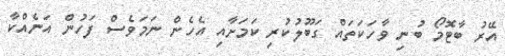
އޭރު ބާޓޮމޯ ބުނި ވާހަކަތައް ގަބޫލުކުރި ކަމަށާއި އެހެން ނަމަވެސް ފަހުން އަނެއްކާ